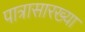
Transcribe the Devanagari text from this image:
पात्रासारख्या